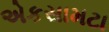
એકસામટા